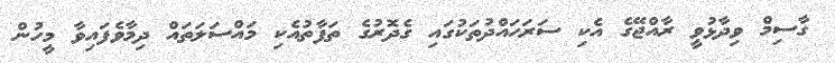
ގާސިމް ވިދާޅުވީ ރާއްޖޭގެ އެކި ސަރަހައްދުތަކުގައި ގެދޮރުގެ ތަފާތުއެކި މައްސަލަތައް ދިމާވެފައިވާ މީހުން